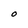
Character: O